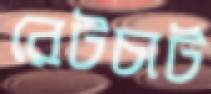
রেটচার্ট